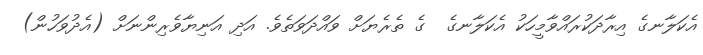
އެކަލާނގެ އިރާދަކުރައްވާމީހަކު އެކަލާނގެ  ގެ ތެރެޔަށް ވައްދަވަތެވެ. އަދި އަނިޔާވެރިންނަށް (އެދުވަހުން)